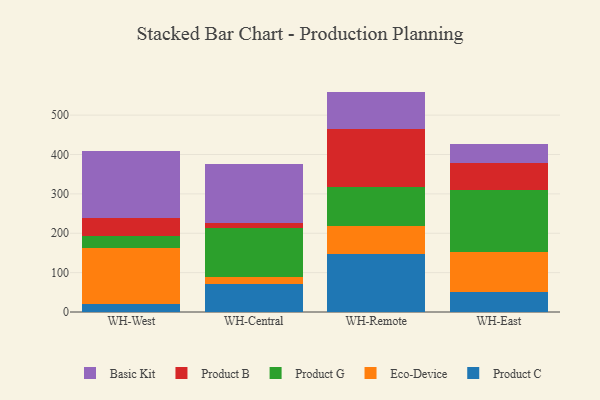
{"axis": {"x": "Warehouse", "y": "Revenue (USD Million)"}, "legend": ["Basic Kit", "Eco-Device", "Product B", "Product C", "Product G"], "data": [{"x": "WH-West", "y": 21.5, "type": "Product C"}, {"x": "WH-West", "y": 141.5, "type": "Eco-Device"}, {"x": "WH-West", "y": 30.0, "type": "Product G"}, {"x": "WH-West", "y": 45.6, "type": "Product B"}, {"x": "WH-West", "y": 169.3, "type": "Basic Kit"}, {"x": "WH-Central", "y": 70.1, "type": "Product C"}, {"x": "WH-Central", "y": 17.9, "type": "Eco-Device"}, {"x": "WH-Central", "y": 124.8, "type": "Product G"}, {"x": "WH-Central", "y": 14.0, "type": "Product B"}, {"x": "WH-Central", "y": 148.1, "type": "Basic Kit"}, {"x": "WH-Remote", "y": 146.8, "type": "Product C"}, {"x": "WH-Remote", "y": 70.6, "type": "Eco-Device"}, {"x": "WH-Remote", "y": 101.2, "type": "Product G"}, {"x": "WH-Remote", "y": 147.1, "type": "Product B"}, {"x": "WH-Remote", "y": 94.1, "type": "Basic Kit"}, {"x": "WH-East", "y": 52.0, "type": "Product C"}, {"x": "WH-East", "y": 100.7, "type": "Eco-Device"}, {"x": "WH-East", "y": 158.1, "type": "Product G"}, {"x": "WH-East", "y": 68.2, "type": "Product B"}, {"x": "WH-East", "y": 48.8, "type": "Basic Kit"}]}